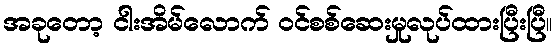
အခုတော့ ငါးအိမ်လောက် ဝင်စစ်ဆေးမှုလုပ်ထားပြီးပြီ။